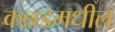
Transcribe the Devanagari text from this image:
कन्नडमधील